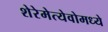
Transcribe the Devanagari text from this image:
शेरेमेत्येवोमध्ये